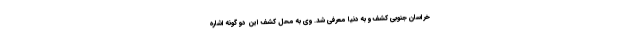
خراسان جنوبی کشف و به دنیا معرفی شد. وی به محل کشف این دو گونه اشاره